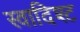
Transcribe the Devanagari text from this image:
स्वादिश्ट